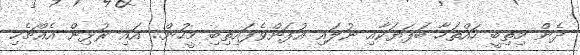
ދެން މިތިބީ ހައްތަހާ ބަފަޔަކާއި ނުލައި އުފަންވެފައިތިބި މީހުން.. އައި ރުޅިން އެއްޗެހި